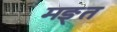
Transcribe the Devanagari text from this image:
मङ्त